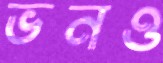
ভনও